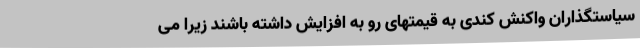
سیاستگذاران واکنش کندی به قیمتهای رو به افزایش داشته باشند زیرا می